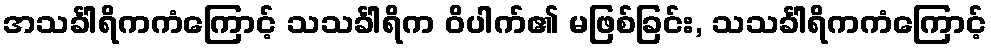
အသင်္ခါရိကကံကြောင့် သသင်္ခါရိက ဝိပါက်၏ မဖြစ်ခြင်း, သသင်္ခါရိကကံကြောင့်